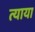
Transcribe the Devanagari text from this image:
त्याया